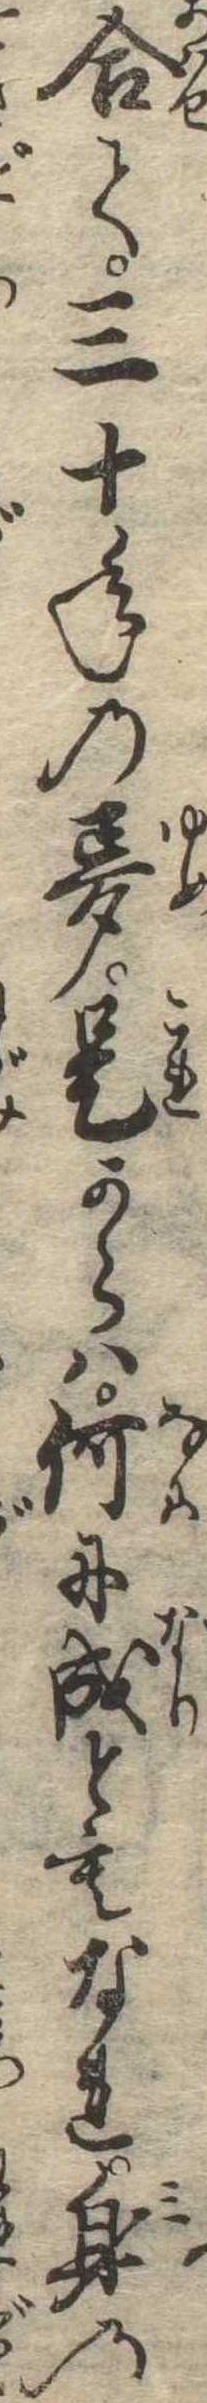
合て三十年の夢是からは何に成ともなれ身の